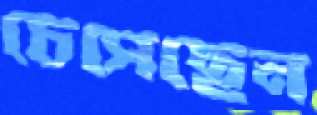
চেপেছেন